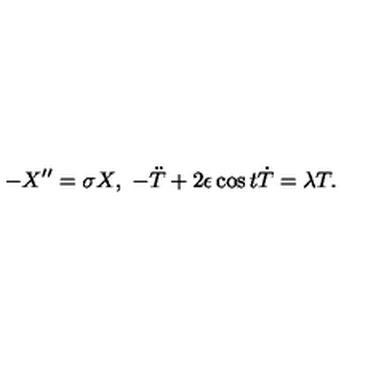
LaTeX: - X ^ { \prime \prime } = \sigma X , \ - \ddot { T } + 2 \epsilon \cos t \dot { T } = \lambda T .